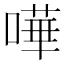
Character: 嘩